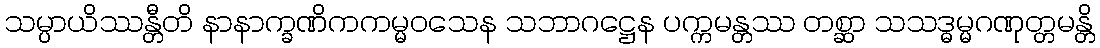
သမ္ပာယိဿန္တီတိ နာနာက္ခဏိကကမ္မဝသေန သဘာဂဋ္ဌေန ပက္ကမန္တဿ တစ္ဆာ သသဒ္ဓမ္မဂဏုတ္တမန္တိ